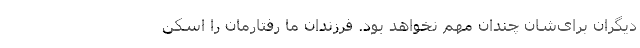
دیگران برای‌شان چندان مهم نخواهد بود. فرزندان ما رفتارمان را اسکن